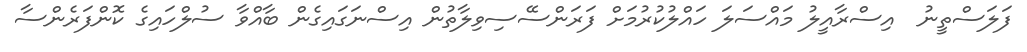
ފަލަސްތީނު  އިސްރާއީލު މައްސަލަ ހައްލުކުރުމަށް ފަރަންސޭސިވިލާތުން އިސްނަގައިގެން ބާއްވާ ސުލްހައިގެ ކޮންފަރެންސާ